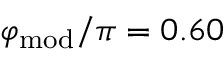
\varphi _ { \mathrm { m o d } } / \pi = 0 . 6 0